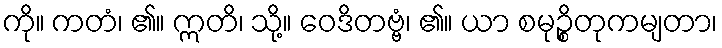
ကို။ ကတံ၊ ၏။ ဣတိ၊ သို့။ ဝေဒိတဗ္ဗံ၊ ၏။ ယာ စမုဉ္စိတုကမျတာ၊